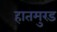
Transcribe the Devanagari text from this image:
हातमुरड